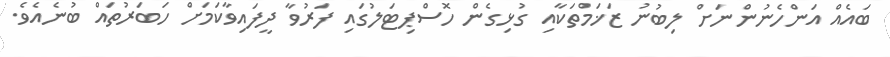
ބައެއް އަންހެނުންނަށް ލިބުނު ޒަޚަމްތަކާއި ގުޅިގެން ހޮސްޕިޓަލުގައި ފަރުވާ ދީފައިވާކަމަށް ހަބަރުތައް ބުނެއެވެ.